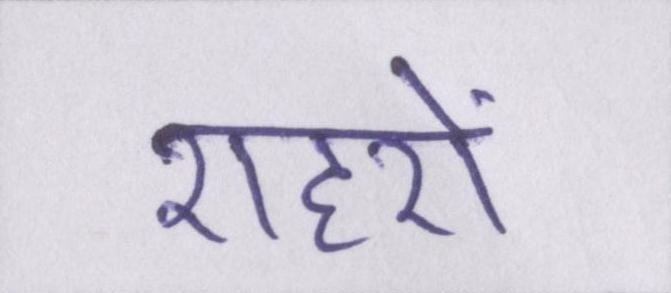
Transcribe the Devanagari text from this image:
शहरों